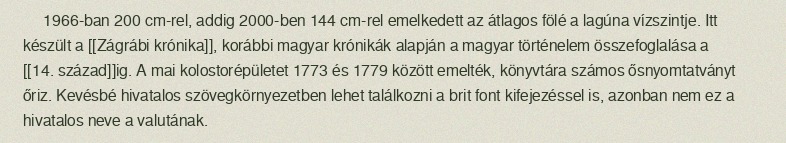
1966-ban 200 cm-rel, addig 2000-ben 144 cm-rel emelkedett az átlagos fölé a lagúna vízszintje. Itt készült a [[Zágrábi krónika]], korábbi magyar krónikák alapján a magyar történelem összefoglalása a [[14. század]]ig. A mai kolostorépületet 1773 és 1779 között emelték, könyvtára számos ősnyomtatványt őriz. Kevésbé hivatalos szövegkörnyezetben lehet találkozni a brit font kifejezéssel is, azonban nem ez a hivatalos neve a valutának.